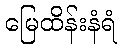
မြေထိန်းနံရံ